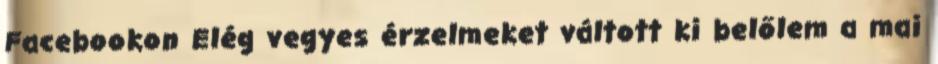
Facebookon Elég vegyes érzelmeket váltott ki belőlem a mai